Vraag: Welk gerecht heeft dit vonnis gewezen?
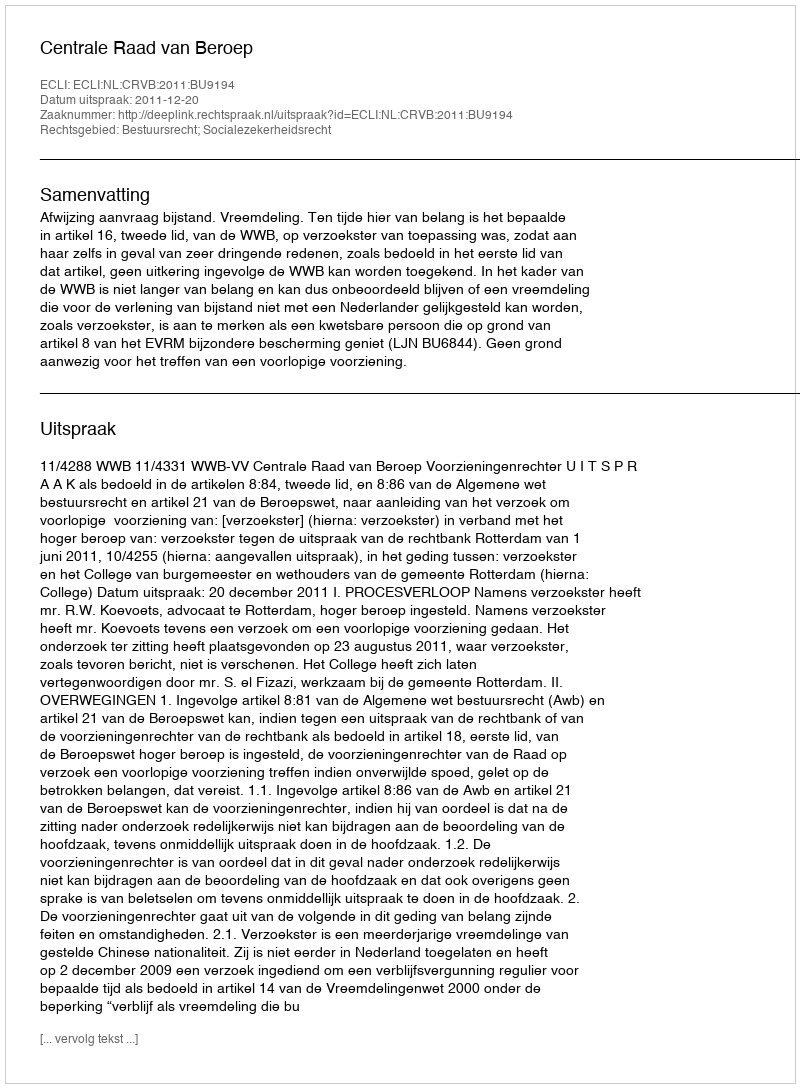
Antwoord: Centrale Raad van Beroep